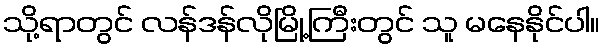
သို့ရာတွင် လန်ဒန်လိုမြို့ကြီးတွင် သူ မနေနိုင်ပါ။